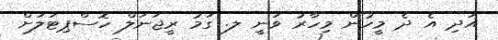
އަދި އެ ދެ މީހުން މިހާރު ވަނީ ލ. ގަމު ރީޖަނަލް ހޮސްޕިޓަލަށް